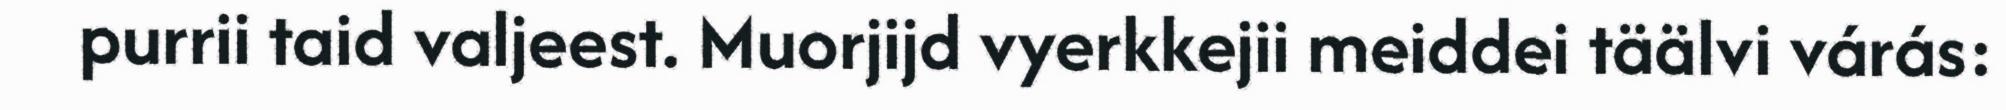
purrii taid valjeest. Muorjijd vyerkkejii meiddei täälvi várás: